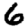
Digit: 6